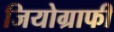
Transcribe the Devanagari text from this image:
जियोग्राफी